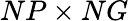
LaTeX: NP\times NG